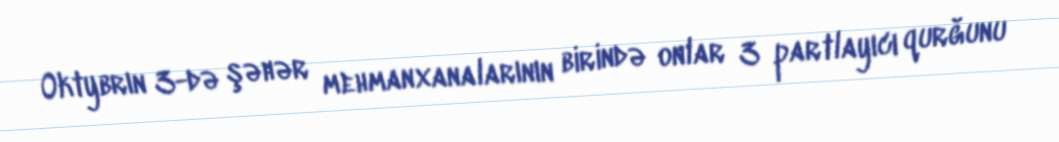
Oktybrın 3-də şəhər mehmanxanalarının birində onlar 3 partlayıcı qurğunu